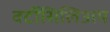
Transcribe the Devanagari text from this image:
वर्टीसिलिअम